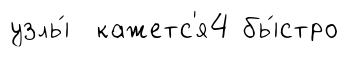
узлы́ кажетс'я4 бы́стро